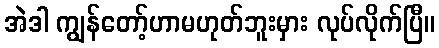
အဲဒါ ကျွန်တော့်ဟာမဟုတ်ဘူးမှား လုပ်လိုက်ပြီ။